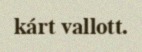
kárt vallott.